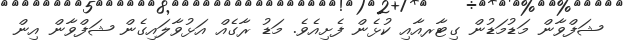
ޝަފްވާން މަޑުމަޑުން ގިޓާރއާއި ކުޅެން ފެށިއެވެ. މަޑު ރާގެއް އަޅުވާލައިގެން ޝަފްވާން އިން